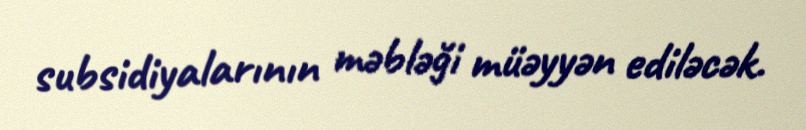
subsidiyalarının məbləği müəyyən ediləcək.